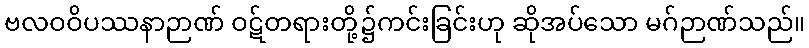
ဗလဝဝိပဿနာဉာဏ် ဝဋ်တရားတို့၌ကင်းခြင်းဟု ဆိုအပ်သော မဂ်ဉာဏ်သည်။